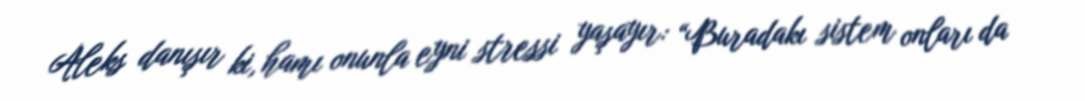
Aleks danışır ki, hamı onunla eyni stressi yaşayır: “Buradakı sistem onları da